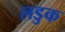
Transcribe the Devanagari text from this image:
लडुक